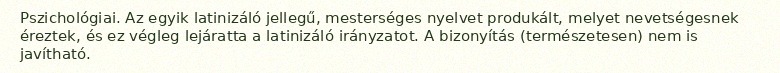
Pszichológiai. Az egyik latinizáló jellegű, mesterséges nyelvet produkált, melyet nevetségesnek éreztek, és ez végleg lejáratta a latinizáló irányzatot. A bizonyítás (természetesen) nem is javítható.